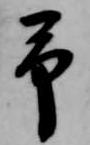
予